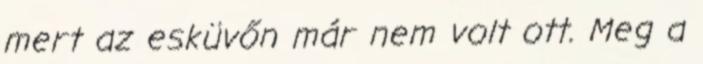
mert az esküvőn már nem volt ott. Meg a